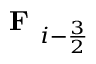
\textbf { F } _ { i - \frac { 3 } { 2 } }